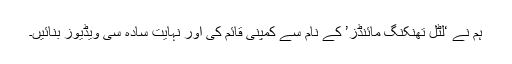
ہم نے ‘لٹل تھنکنگ مائنڈز’ کے نام سے کمپنی قائم کی اور نہایت سادہ سی ویڈیوز بنائیں۔